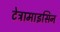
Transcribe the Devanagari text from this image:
टेट्रामाइसिन